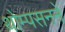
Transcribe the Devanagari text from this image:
थोम्पसनने